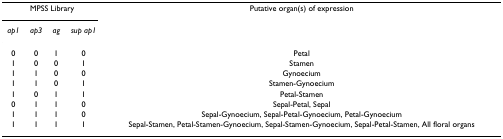
<table><thead><tr><td colspan="4"><b>MPSS Library</b></td><td><b>Putative organ(s) of expression</b></td></tr><tr><td><b><i>ap1</i></b></td><td><b><i>ap3</i></b></td><td><b><i>ag</i></b></td><td><b><i>sup ap1</i></b></td><td></td></tr></thead><tbody><tr><td>0</td><td>0</td><td>1</td><td>0</td><td>Petal</td></tr><tr><td>1</td><td>0</td><td>0</td><td>1</td><td>Stamen</td></tr><tr><td>1</td><td>1</td><td>0</td><td>0</td><td>Gynoecium</td></tr><tr><td>1</td><td>1</td><td>0</td><td>1</td><td>Stamen-Gynoecium</td></tr><tr><td>1</td><td>0</td><td>1</td><td>1</td><td>Petal-Stamen</td></tr><tr><td>0</td><td>1</td><td>1</td><td>0</td><td>Sepal-Petal, Sepal</td></tr><tr><td>1</td><td>1</td><td>1</td><td>0</td><td>Sepal-Gynoecium, Sepal-Petal-Gynoecium, Petal-Gynoecium</td></tr><tr><td>1</td><td>1</td><td>1</td><td>1</td><td>Sepal-Stamen, Petal-Stamen-Gynoecium, Sepal-Stamen-Gynoecium, Sepal-Petal-Stamen, All floral organs</td></tr></tbody></table>